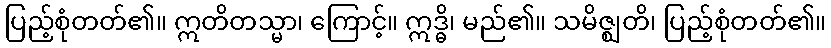
ပြည့်စုံတတ်၏။ ဣတိတသ္မာ၊ ကြောင့်။ ဣဒ္ဓိ၊ မည်၏။ သမိဇ္ဈတိ၊ ပြည့်စုံတတ်၏။